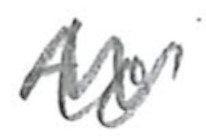
Text: to
Cross-out: zig-zag
Writing tool: pencil